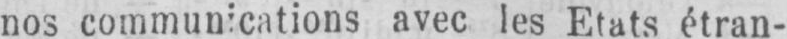
nos communications avec les Etats étran-